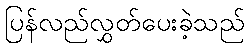
ပြန်လည်လွှတ်ပေးခဲ့သည်